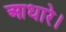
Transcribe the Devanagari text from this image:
आधारे।